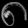
Digit: ၈